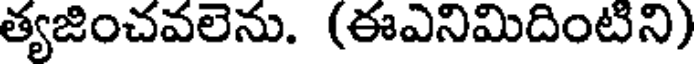
త్యజించవలెను. (ఈఎనిమిదింటిని)